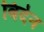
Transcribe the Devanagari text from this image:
बिदेन